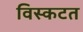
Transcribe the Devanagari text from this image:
विस्कटत